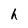
Character: h